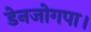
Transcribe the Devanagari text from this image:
डेनजोगपा।